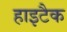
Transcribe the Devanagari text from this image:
हाइटैक